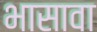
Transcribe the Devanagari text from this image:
भासावा